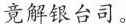
竞解阴台司。